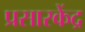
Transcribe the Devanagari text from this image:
प्रसारकेंद्र